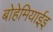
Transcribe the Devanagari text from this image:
बोहेमियाईइ